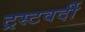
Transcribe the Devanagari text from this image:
ट्रस्टवर्दी